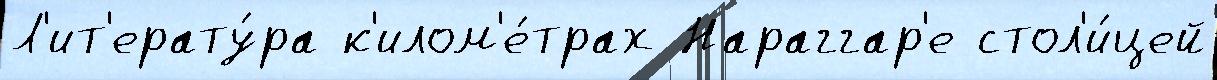
Л'ит'ерату́ра к'илом'е́трах Нараггар'е стол'и́цей